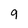
Character: 9